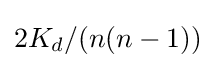
2K_{d}/(n(n-1))